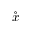
\mathring { x }